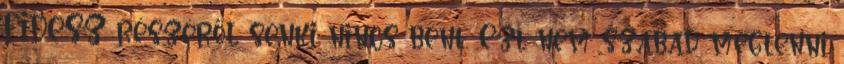
FIDESZ részéről senki nincs bent. Ezt nem szabad megtenni